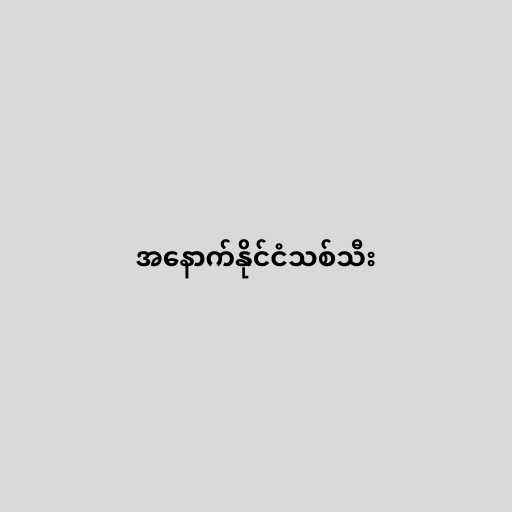
အနောက်နိုင်ငံသစ်သီး